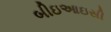
બીઇઆઇસી